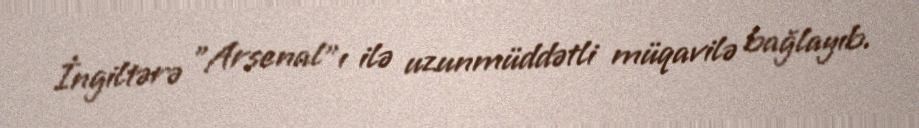
İngiltərə "Arsenal"ı ilə uzunmüddətli müqavilə bağlayıb.